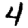
Digit: 4